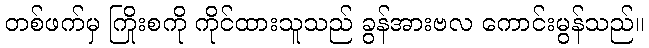
တစ်ဖက်မှ ကြိုးစကို ကိုင်ထားသူသည် ခွန်အားဗလ ကောင်းမွန်သည်။